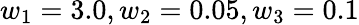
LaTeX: w_{1}=3.0,w_{2}=0.05,w_{3}=0.1